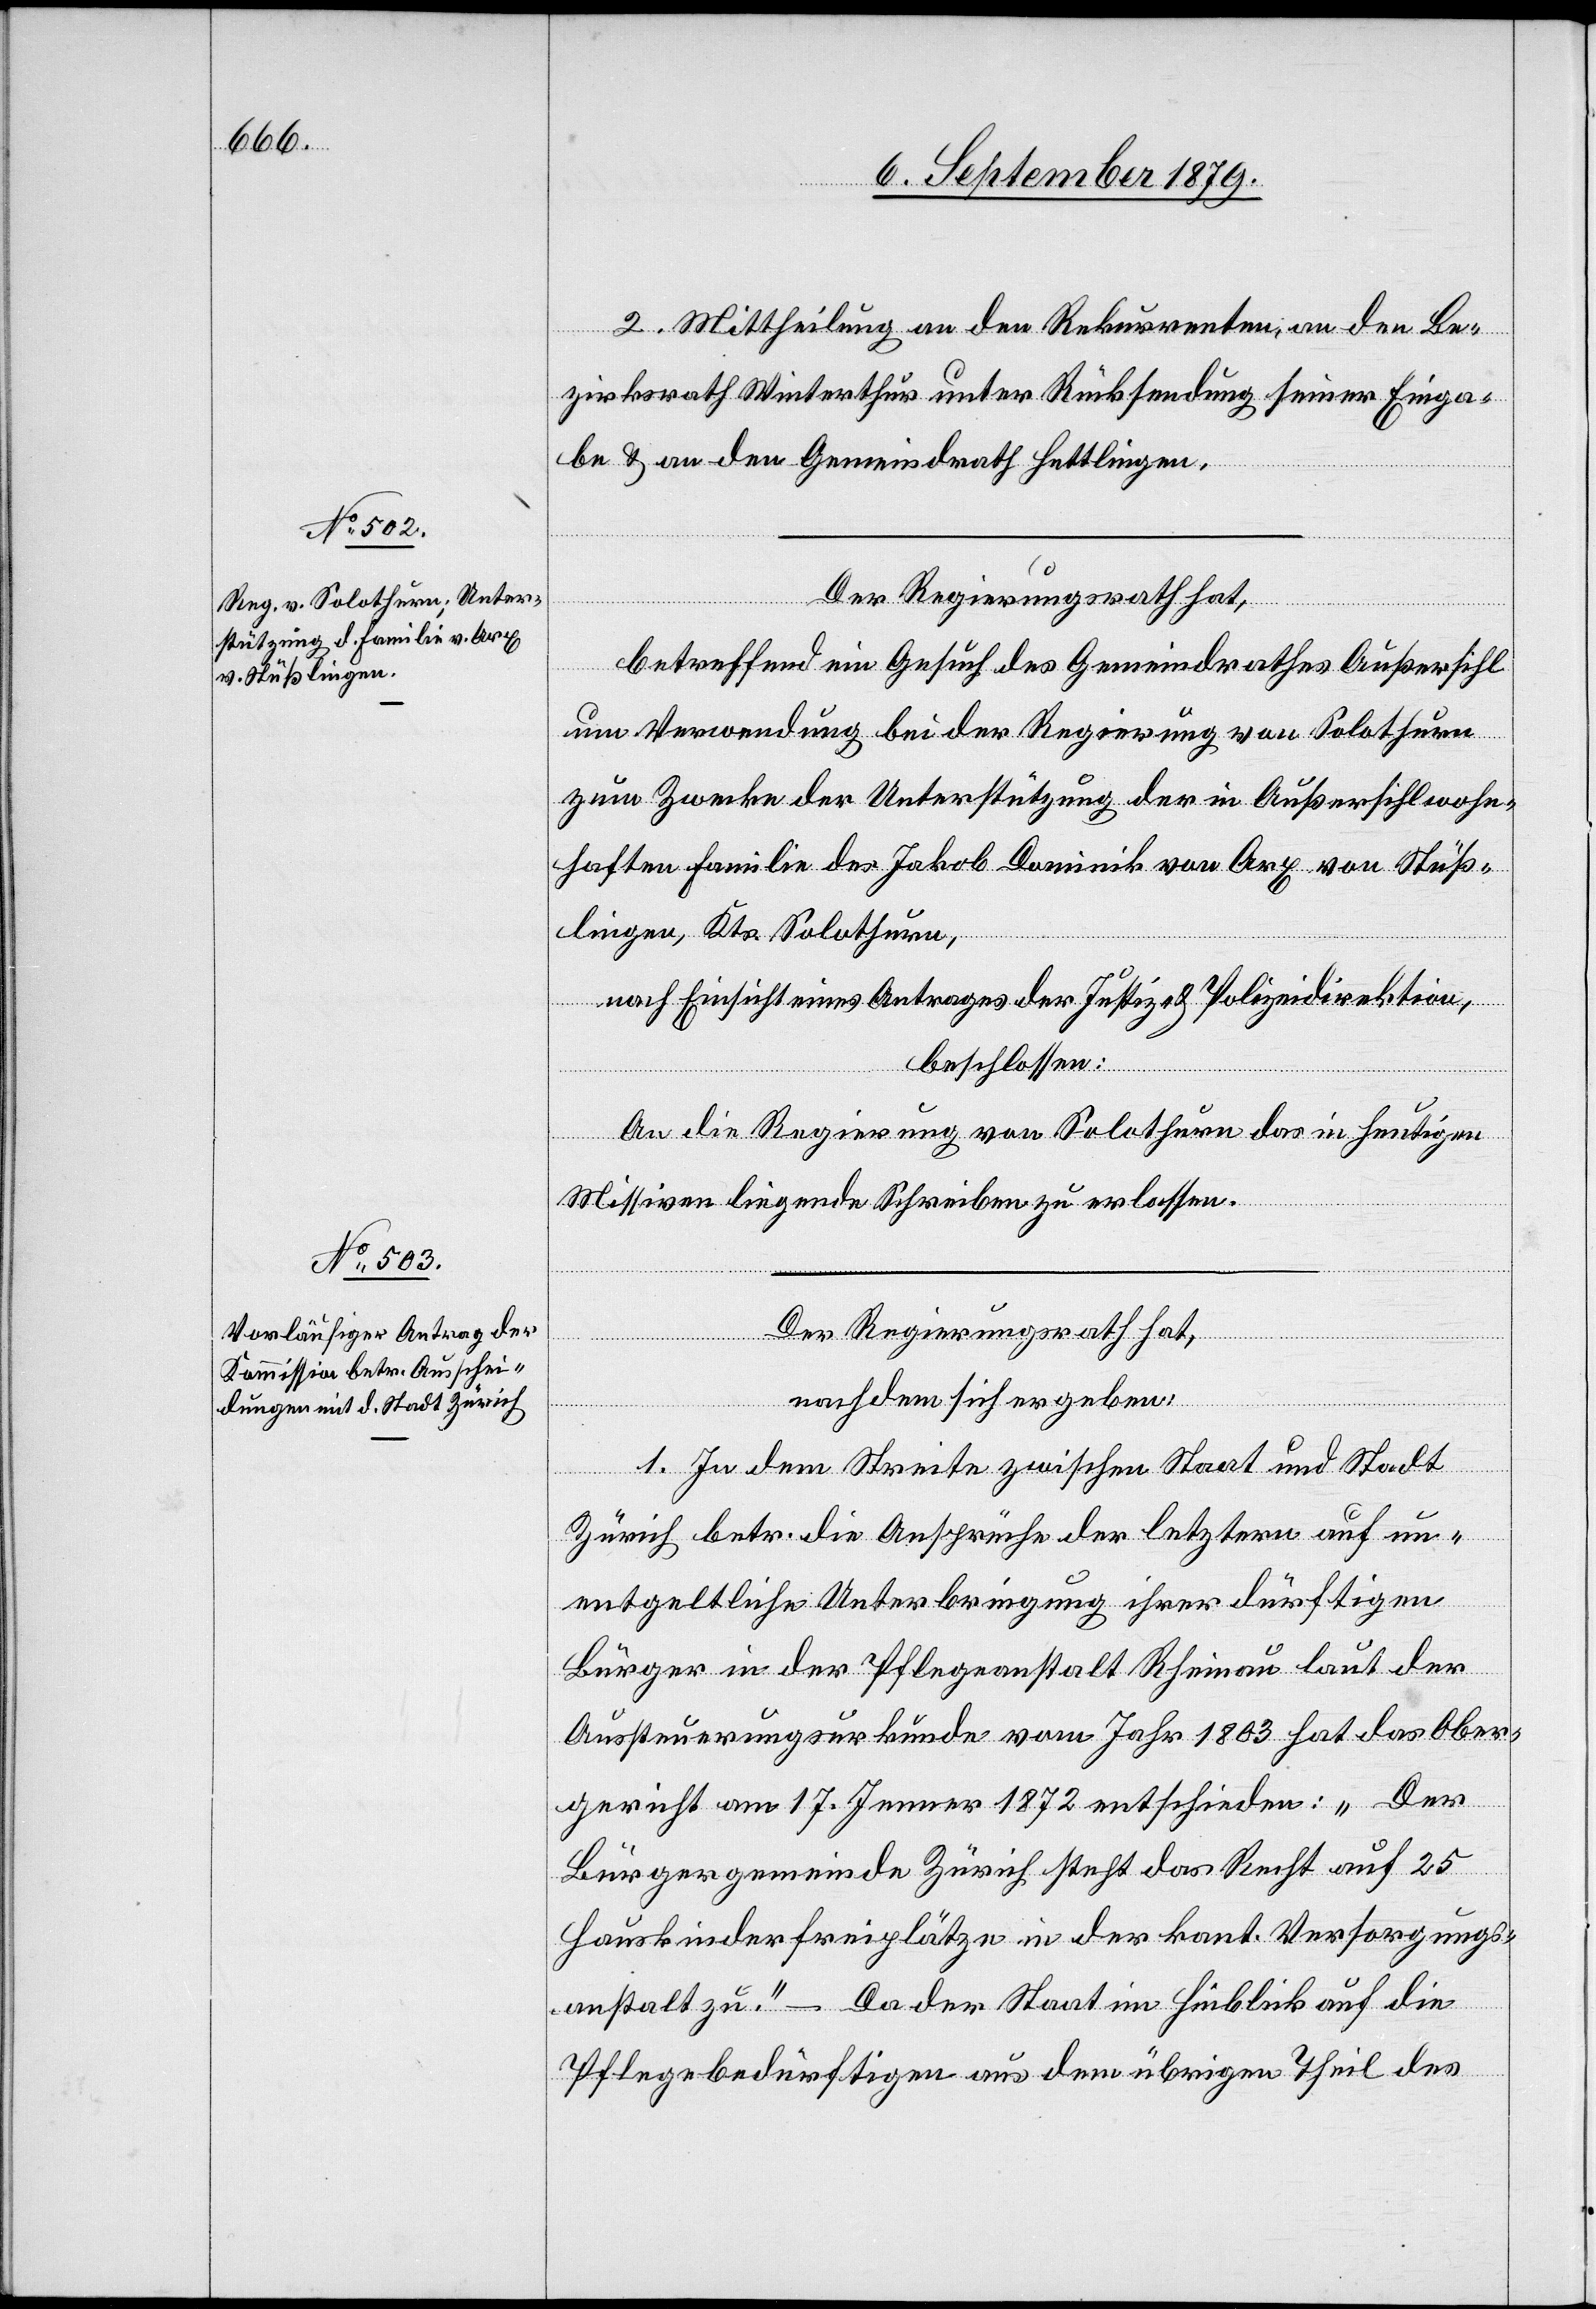
2. Mittheilung an den Rekurrenten, an den Be¬
zirksrath Winterthur unter Rücksendung seiner Einga¬
be & an den Gemeindrath Hettlingen.
Der Regierungsrath hat,
betreffend ein Gesuch des Gemeindrathes Außersihl
um Verwendung bei der Regierung von Solothurn
zum Zwecke der Unterstützung der in Außersihl wohn¬
haften Familie des Jakob Dominik von Arx von Stüß¬
lingen, Kts. Solothurn,
nach Einsicht eines Antrages der Justiz- & Polizeidirektion,
beschlossen:
An die Regierung von Solothurn das in heutigen
Missiven liegende Schreiben zu erlassen.
Der Regierungsrath hat,
nachdem sich ergeben:
1. In dem Streite zwischen Staat und Stadt
Zürich betr. die Ansprüche der letztern auf un¬
entgeltliche Unterbringung ihrer dürftigen
Bürger in der Pflegeanstalt Rheinau laut der
Austeuerungsurkunde vom Jahr 1803 hat das Ober¬
gericht am 17. Jenner 1872 entschieden: „Der
Bürgergemeinde Zürich steht das Recht auf 25
Hauskinderfreiplätze in der kant. Versorgungs¬
anstalt zu.“ – Da der Staat im Hinblick auf die
Pflegebedürfigen aus dem übrigen Theil des